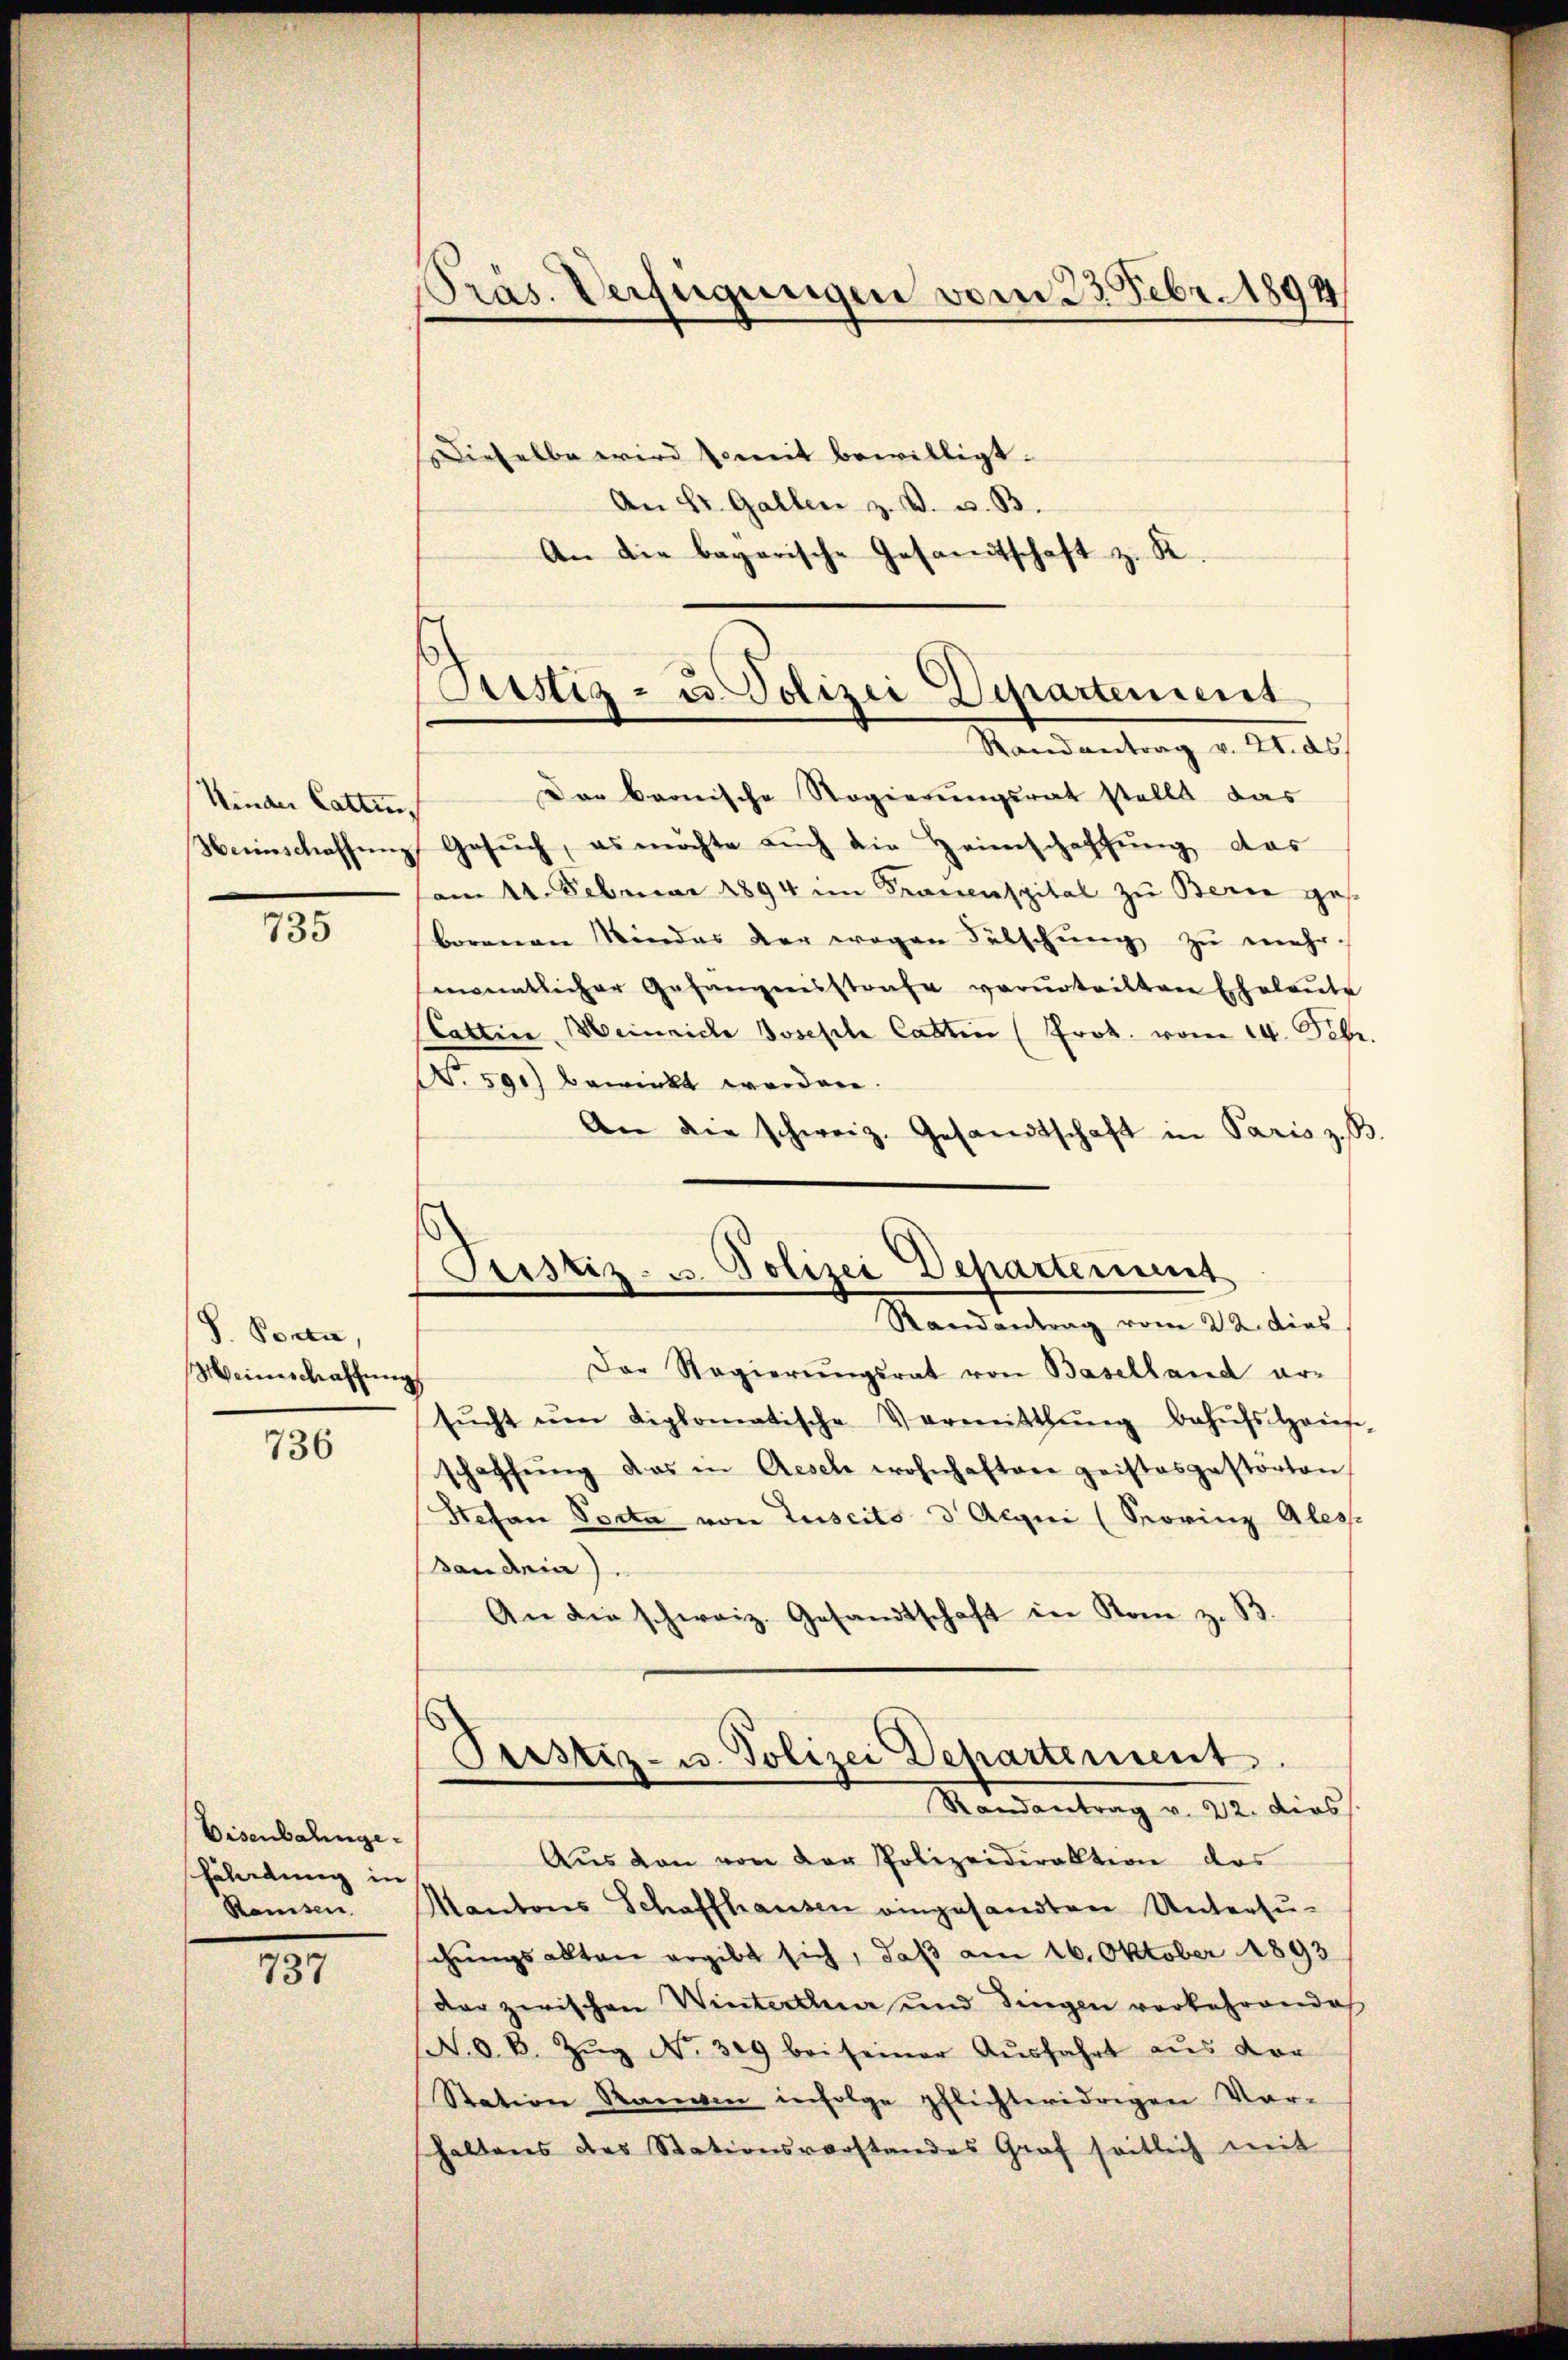
Kinder Catten,

735

S. Porta,
Meineschaffung
736

737

Eisenbahngehäladung in
Ramsen

Präs. Verfügungen vom 23. Febr. 1894

Dieselbe wird bemit bewilligt.
An St. Gallen z. B. u. B.
An die bayerische Gesandtschaft z. R.

Justiz- u. Polizei Departement
Randantrag v. 4. ds.

Pristiz- u. Polizei Departement
Randantrag vom 22. dies

Der Bronische Regierungsrat stellt das
Weinschaffung Gesuch, es möchte auch die Heimschaffung das
vom 14. Februar 1894 im Frauenspital zu Bern gesborenen Kinder der wegen Fälschung zu mehr.
monatlicher Gefängnisstrafe verurteilten Eheleute
Tattire Weinriche Josepha Cattin (Prot. vom 14. Febr.
No 591) bewirkt werden.
An die schweiz. Gesandtschaft in Paris z.B
Der Regierŭngsrat von Baselland ar-
sŭcht ŭm diplomatische Vermitthŭng behŭfs Haus-
schaffŭng das in Aesch wohnhaften geistesgestörten
Stefan Porta von Tuscits d Aigni (Sorinz Aless
andria).
An die schweiz. Gesandtschaft in Rom z. B.
Pustiz- u. Polizei Departement.
Mandantrag v. 22. dies
Aus den von der Polizeidirektion des
Kantons Schaffhausen eingesandten Untersu-
schungsalten ergibt sich, daß am 16. Oktober 1893
dar zwischen Winterthun und dingen vorkehrende
N. O. B. Zŭg No. 319 bei seiner Aŭsfahrt aus vor
Station Rangen infolge pflichteridrigen Vor-
haltens des Stationsvorstandes Graf seitlich mit